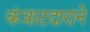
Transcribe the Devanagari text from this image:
कंत्राटदाराने